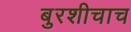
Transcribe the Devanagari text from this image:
बुरशीचाच